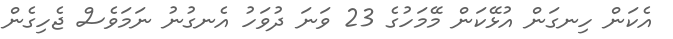
އެކަން ހިނގަން އުޅޭކަން މޭމަހުގެ 23 ވަނަ ދުވަހު އެނގުނު ނަމަވެސް ޖެހިގެން